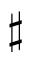
\sharp